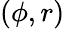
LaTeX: (\phi,r)